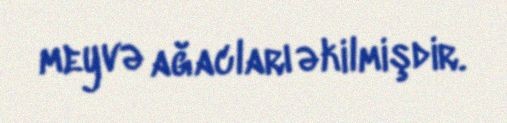
meyvə ağacları əkilmişdir.